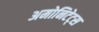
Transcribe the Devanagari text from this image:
अमोनिटेट्स